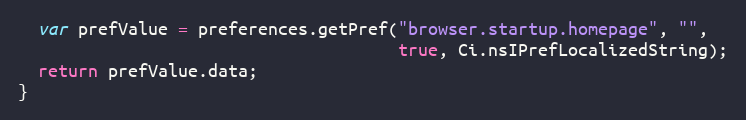
Language: JavaScript
  var prefValue = preferences.getPref("browser.startup.homepage", "",
                                      true, Ci.nsIPrefLocalizedString);
  return prefValue.data;
}